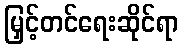
မြှင့်တင်ရေးဆိုင်ရာ